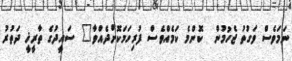
ނަމަވެސް ވަގުތު ޖެހުމުން  ކޮންމެ ކަމެއްވެސް ފުރިހަމަކޮށްދެއްވާ" ސައީދުގެ ތާރީޚީ ދަތުރު